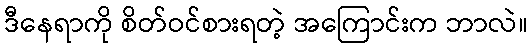
ဒီနေရာကို စိတ်ဝင်စားရတဲ့ အကြောင်းက ဘာလဲ။